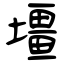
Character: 壃